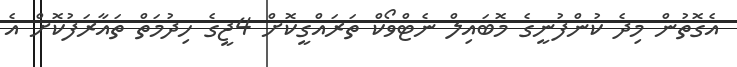
އެގޮތުން މިދެ ކުންފުނީގެ މޮބައިލް ނެޓްވޯކް ތަރައްގީކޮށް 4ޖީގެ ހިދުމަތް ތައާރަފުކޮށް އެ